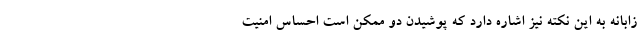
زابانه به این نکته نیز اشاره دارد که پوشیدن دو ممکن است احساس امنیت